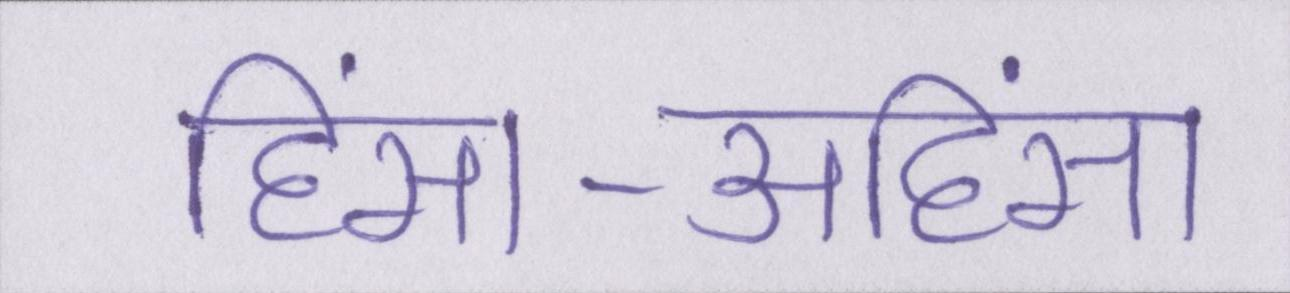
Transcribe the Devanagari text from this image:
हिंसा-अहिंसा